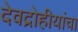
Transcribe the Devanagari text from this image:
देवद्रोहीयांचा